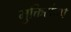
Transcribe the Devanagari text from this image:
मुक्तिसंघर्ष